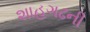
શાહગઢની